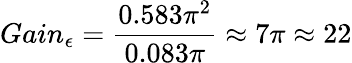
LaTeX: Gain_{\epsilon}=\frac{0.583\pi^{2}}{0.083\pi}\approx 7\pi\approx 22